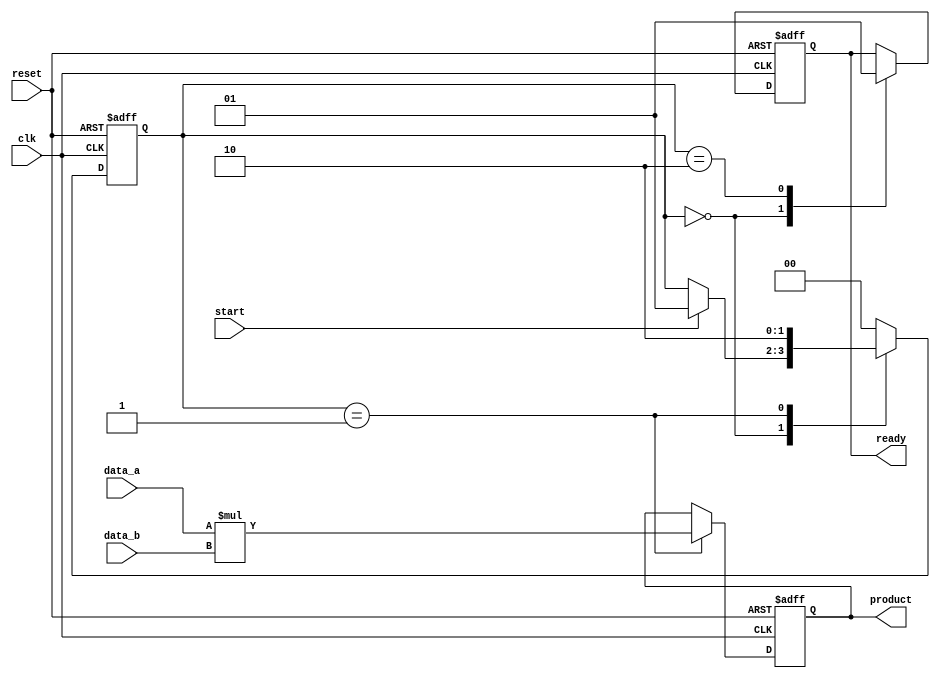
module streaming_multiplier #(
    parameter DATA_WIDTH = 16, // Width of input data
    parameter PRODUCT_WIDTH = 32 // Width of output product
)(
    input wire clk,               // Clock signal
    input wire reset,             // Asynchronous reset
    input wire start,             // Start signal
    input wire signed [DATA_WIDTH-1:0] data_a, // Input Data A
    input wire signed [DATA_WIDTH-1:0] data_b, // Input Data B
    output reg signed [PRODUCT_WIDTH-1:0] product, // Output Product
    output reg ready              // Ready signal
);

    reg [1:0] state; // State variable for FSM
    localparam IDLE = 2'b00, PROCESS = 2'b01, OUTPUT = 2'b10;

    always @(posedge clk or posedge reset) begin
        if (reset) begin
            state <= IDLE;
            product <= 0;
            ready <= 0;
        end else begin
            case (state)
                IDLE: begin
                    ready <= 0; // Not ready until we start processing
                    if (start) begin
                        state <= PROCESS; // Transition to PROCESS state
                    end
                end

                PROCESS: begin
                    // Perform multiplication
                    product <= data_a * data_b;
                    state <= OUTPUT; // Move to OUTPUT state
                end

                OUTPUT: begin
                    ready <= 1; // Signal that the product is ready
                    state <= IDLE; // Go back to IDLE to wait for next start
                end

                default: state <= IDLE; // Default case to avoid latches
            endcase
        end
    end
endmodule